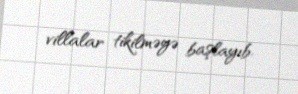
villalar tikilməyə başlayıb.